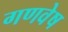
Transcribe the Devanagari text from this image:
गणवेष